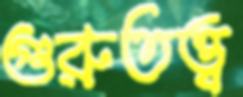
গুরুতত্ত্ব